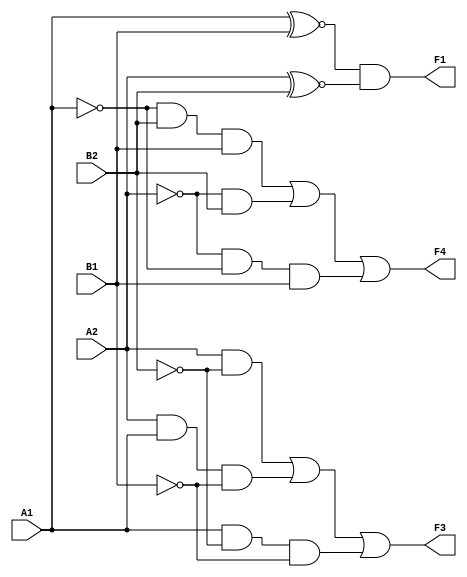
// Copyright (C) 2020  Intel Corporation. All rights reserved.
// Your use of Intel Corporation's design tools, logic functions 
// and other software and tools, and any partner logic 
// functions, and any output files from any of the foregoing 
// (including device programming or simulation files), and any 
// associated documentation or information are expressly subject 
// to the terms and conditions of the Intel Program License 
// Subscription Agreement, the Intel Quartus Prime License Agreement,
// the Intel FPGA IP License Agreement, or other applicable license
// agreement, including, without limitation, that your use is for
// the sole purpose of programming logic devices manufactured by
// Intel and sold by Intel or its authorized distributors.  Please
// refer to the applicable agreement for further details, at
// https://fpgasoftware.intel.com/eula.

// PROGRAM		"Quartus Prime"
// VERSION		"Version 20.1.1 Build 720 11/11/2020 SJ Lite Edition"
// CREATED		"Fri Nov 25 12:12:14 2022"

module twoBitComparator(
	A2,
	A1,
	B2,
	B1,
	F1,
	F3,
	F4
);


input wire	A2;
input wire	A1;
input wire	B2;
input wire	B1;
output wire	F1;
output wire	F3;
output wire	F4;

wire	SYNTHESIZED_WIRE_16;
wire	SYNTHESIZED_WIRE_1;
wire	SYNTHESIZED_WIRE_2;
wire	SYNTHESIZED_WIRE_3;
wire	SYNTHESIZED_WIRE_4;
wire	SYNTHESIZED_WIRE_5;
wire	SYNTHESIZED_WIRE_6;
wire	SYNTHESIZED_WIRE_7;
wire	SYNTHESIZED_WIRE_8;
wire	SYNTHESIZED_WIRE_17;
wire	SYNTHESIZED_WIRE_18;
wire	SYNTHESIZED_WIRE_19;




assign	SYNTHESIZED_WIRE_18 =  ~B1;

assign	SYNTHESIZED_WIRE_4 = SYNTHESIZED_WIRE_16 & B2;

assign	F1 = SYNTHESIZED_WIRE_1 & SYNTHESIZED_WIRE_2;

assign	SYNTHESIZED_WIRE_1 = A1 ~^ B1;

assign	SYNTHESIZED_WIRE_2 = A2 ~^ B2;

assign	F4 = SYNTHESIZED_WIRE_3 | SYNTHESIZED_WIRE_4 | SYNTHESIZED_WIRE_5;

assign	F3 = SYNTHESIZED_WIRE_6 | SYNTHESIZED_WIRE_7 | SYNTHESIZED_WIRE_8;

assign	SYNTHESIZED_WIRE_17 =  ~B2;

assign	SYNTHESIZED_WIRE_19 =  ~A1;

assign	SYNTHESIZED_WIRE_16 =  ~A2;

assign	SYNTHESIZED_WIRE_8 = A1 & SYNTHESIZED_WIRE_17 & SYNTHESIZED_WIRE_18;

assign	SYNTHESIZED_WIRE_7 = A2 & A1 & SYNTHESIZED_WIRE_18;

assign	SYNTHESIZED_WIRE_5 = SYNTHESIZED_WIRE_16 & SYNTHESIZED_WIRE_19 & B1;

assign	SYNTHESIZED_WIRE_3 = SYNTHESIZED_WIRE_19 & B2 & B1;

assign	SYNTHESIZED_WIRE_6 = A2 & SYNTHESIZED_WIRE_17;


endmodule